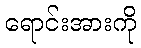
ရောင်းအားကို